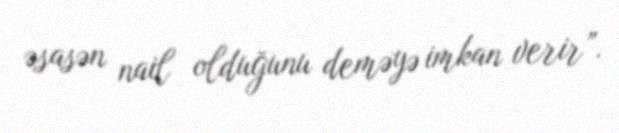
əsasən nail olduğunu deməyə imkan verir”.